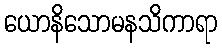
ယောနိသောမနသိကာရာ